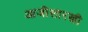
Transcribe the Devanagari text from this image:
आजीसारखी